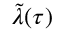
\tilde { \lambda } ( \tau )